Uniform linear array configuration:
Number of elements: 48
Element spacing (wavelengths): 0.75
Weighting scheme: blackman
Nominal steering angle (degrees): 45
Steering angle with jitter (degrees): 45.849
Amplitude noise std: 0.05
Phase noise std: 0.05

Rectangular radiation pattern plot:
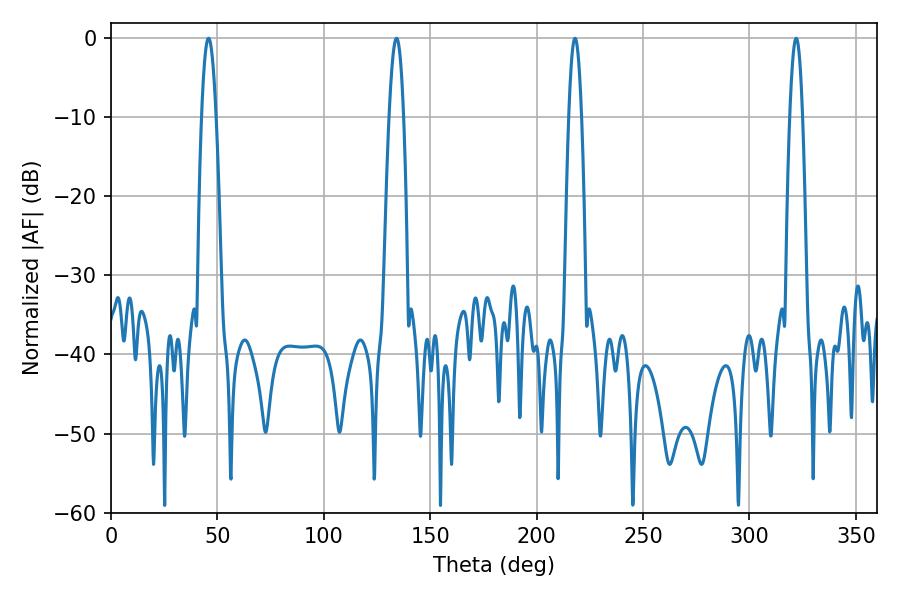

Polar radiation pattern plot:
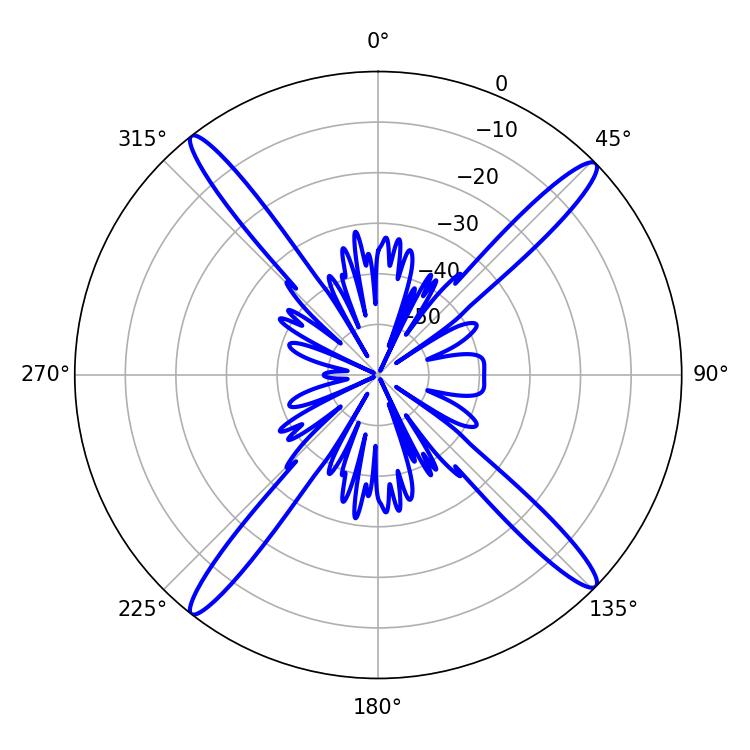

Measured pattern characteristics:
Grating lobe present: TRUE
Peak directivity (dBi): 19.088
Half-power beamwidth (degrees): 3.24
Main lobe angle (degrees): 217.98